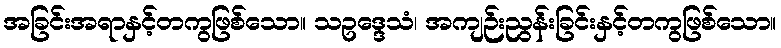
အခြင်းအရာနှင့်တကွဖြစ်သော။ သဥဒ္ဒေသံ၊ အကျဉ်းညွန်းခြင်းနှင့်တကွဖြစ်သော။